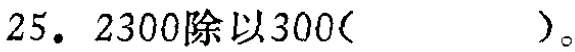
25. \(2300\)除以\(300(\quad\quad)\)。